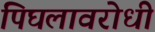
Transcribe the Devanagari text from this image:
पिघलावरोधी